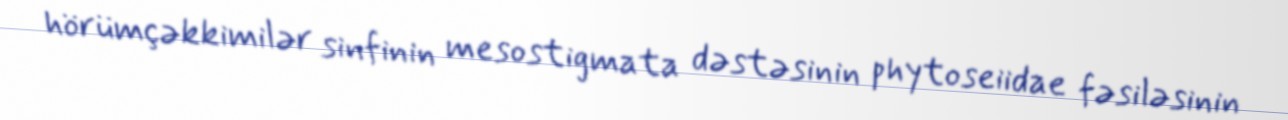
hörümçəkkimilər sinfinin mesostigmata dəstəsinin phytoseiidae fəsiləsinin